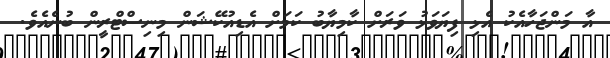
އާ މަންޖަހާއެކު އެޅި ފިޔަވަޅު ވަރަށް ކާމިޔާބު ކަމަށް އެޑިއުކޭޝަން މިނިސްޓްރީން ބުނެއެވެ.